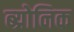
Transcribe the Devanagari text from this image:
ब्य्रोनिक